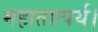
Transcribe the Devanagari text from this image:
महातात्पर्य।